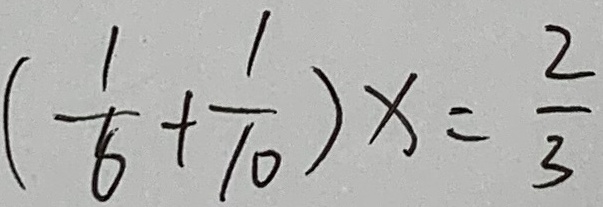
( \frac { 1 } { 6 } + \frac { 1 } { 1 0 } ) x = \frac { 2 } { 3 }